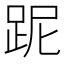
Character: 跜